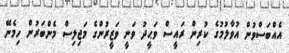
އެއްބަސްވުން އުވާލުމުގެ ކުރިން ރައީސް ވަޙީދު ވަނީ ވަޒީރުންގެ މަޖިލިސް މެންބަރުން ހިމެނޭ